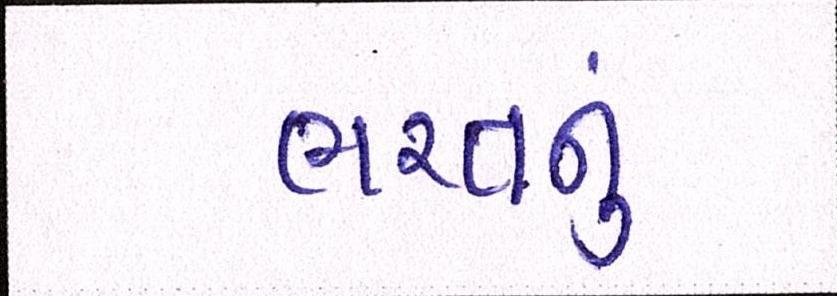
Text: ભરતનું